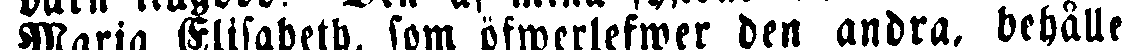
Maria Elisabeth, som öfwerlefwer den andra, behålle